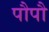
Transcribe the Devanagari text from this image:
पौपौ